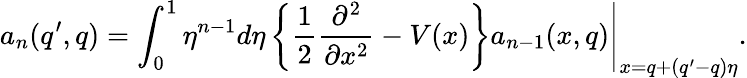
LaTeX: a_{n}(q^{\prime},q)=\int_{0}^{1}\eta^{n-1}d\eta\left\{ \frac{1}{2}\frac{\partial^{2}}{\partial x^{2}}-V(x)\right\} a_{n-1}(x,q)\Biggl.\Biggr|_{x=q+(q^{\prime}-q)\eta}.